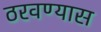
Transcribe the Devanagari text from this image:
ठरवण्यास